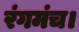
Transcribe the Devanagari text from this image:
रंगमंच।